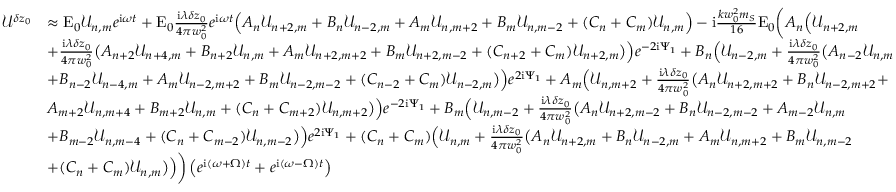
\begin{array} { r l } { \mathcal { U } ^ { \delta z _ { 0 } } } & { \approx \mathrm { E } _ { 0 } \mathcal { U } _ { n , m } e ^ { \mathrm { i } \omega t } + \mathrm { E } _ { 0 } \frac { \mathrm { i } \lambda \delta z _ { 0 } } { 4 \pi w _ { 0 } ^ { 2 } } e ^ { \mathrm { i } \omega t } \Big ( A _ { n } \mathcal { U } _ { n + 2 , m } + B _ { n } \mathcal { U } _ { n - 2 , m } + A _ { m } \mathcal { U } _ { n , m + 2 } + B _ { m } \mathcal { U } _ { n , m - 2 } + ( C _ { n } + C _ { m } ) \mathcal { U } _ { n , m } \Big ) - \mathrm { i } \frac { k w _ { 0 } ^ { 2 } m _ { S } } { 1 6 } \mathrm { E } _ { 0 } \bigg ( A _ { n } \Big ( \mathcal { U } _ { n + 2 , m } } \\ & { + \frac { \mathrm { i } \lambda \delta z _ { 0 } } { 4 \pi w _ { 0 } ^ { 2 } } \big ( A _ { n + 2 } \mathcal { U } _ { n + 4 , m } + B _ { n + 2 } \mathcal { U } _ { n , m } + A _ { m } \mathcal { U } _ { n + 2 , m + 2 } + B _ { m } \mathcal { U } _ { n + 2 , m - 2 } + ( C _ { n + 2 } + C _ { m } ) \mathcal { U } _ { n + 2 , m } \big ) \Big ) e ^ { - 2 \mathrm { i } \Psi _ { 1 } } + B _ { n } \Big ( \mathcal { U } _ { n - 2 , m } + \frac { \mathrm { i } \lambda \delta z _ { 0 } } { 4 \pi w _ { 0 } ^ { 2 } } \big ( A _ { n - 2 } \mathcal { U } _ { n , m } } \\ & { + B _ { n - 2 } \mathcal { U } _ { n - 4 , m } + A _ { m } \mathcal { U } _ { n - 2 , m + 2 } + B _ { m } \mathcal { U } _ { n - 2 , m - 2 } + ( C _ { n - 2 } + C _ { m } ) \mathcal { U } _ { n - 2 , m } \big ) \Big ) e ^ { 2 \mathrm { i } \Psi _ { 1 } } + A _ { m } \Big ( \mathcal { U } _ { n , m + 2 } + \frac { \mathrm { i } \lambda \delta z _ { 0 } } { 4 \pi w _ { 0 } ^ { 2 } } \big ( A _ { n } \mathcal { U } _ { n + 2 , m + 2 } + B _ { n } \mathcal { U } _ { n - 2 , m + 2 } + } \\ & { A _ { m + 2 } \mathcal { U } _ { n , m + 4 } + B _ { m + 2 } \mathcal { U } _ { n , m } + ( C _ { n } + C _ { m + 2 } ) \mathcal { U } _ { n , m + 2 } \big ) \Big ) e ^ { - 2 \mathrm { i } \Psi _ { 1 } } + B _ { m } \Big ( \mathcal { U } _ { n , m - 2 } + \frac { \mathrm { i } \lambda \delta z _ { 0 } } { 4 \pi w _ { 0 } ^ { 2 } } \big ( A _ { n } \mathcal { U } _ { n + 2 , m - 2 } + B _ { n } \mathcal { U } _ { n - 2 , m - 2 } + A _ { m - 2 } \mathcal { U } _ { n , m } } \\ & { + B _ { m - 2 } \mathcal { U } _ { n , m - 4 } + ( C _ { n } + C _ { m - 2 } ) \mathcal { U } _ { n , m - 2 } \big ) \Big ) e ^ { 2 \mathrm { i } \Psi _ { 1 } } + ( C _ { n } + C _ { m } ) \Big ( \mathcal { U } _ { n , m } + \frac { \mathrm { i } \lambda \delta z _ { 0 } } { 4 \pi w _ { 0 } ^ { 2 } } \big ( A _ { n } \mathcal { U } _ { n + 2 , m } + B _ { n } \mathcal { U } _ { n - 2 , m } + A _ { m } \mathcal { U } _ { n , m + 2 } + B _ { m } \mathcal { U } _ { n , m - 2 } } \\ & { + ( C _ { n } + C _ { m } ) \mathcal { U } _ { n , m } \big ) \Big ) \bigg ) \left( e ^ { \mathrm { i } ( \omega + \Omega ) t } + e ^ { \mathrm { i } ( \omega - \Omega ) t } \right) } \end{array}